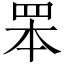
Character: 𦊚